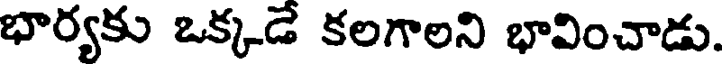
భార్యకు ఒక్కడే కలగాలని భావించాడు.